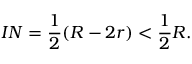
I N = { \frac { 1 } { 2 } } ( R - 2 r ) < { \frac { 1 } { 2 } } R .